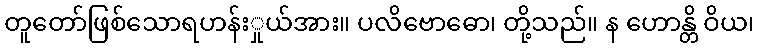
တူတော်ဖြစ်သောရဟန်းှုယ်အား။ ပလိဗောဓော၊ တို့သည်။ န ဟောန္တိ ဝိယ၊